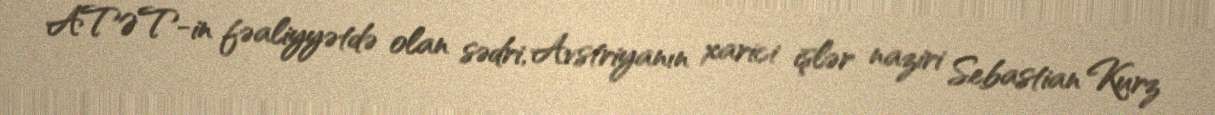
ATƏT-in fəaliyyətdə olan sədri, Avstriyanın xarici işlər naziri Sebastian Kurz